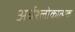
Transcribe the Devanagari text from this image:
अर्धश्लोकात्मक